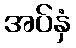
အပ်နှံ